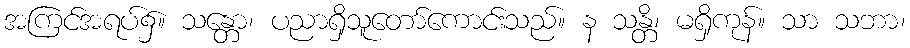
အကြင်အရပ်၌။ သန္တော၊ ပညာရှိသူတော်ကောင်းသည်။ န သန္တိ၊ မရှိကုန်။ သာ သဘာ၊